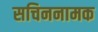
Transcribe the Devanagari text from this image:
सचिननामक